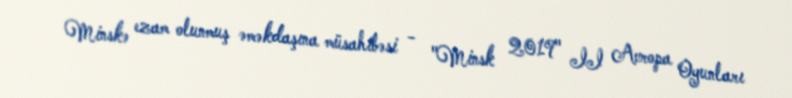
Minskə ezam olunmuş əməkdaşına müsahibəsi - "Minsk 2019" II Avropa Oyunları